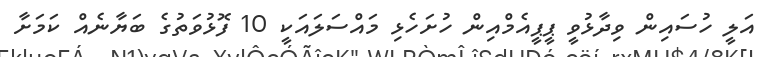
އަލީ ހުސައިން ވިދާޅުވީ ޕީޕީއެމްއިން ހުށަހެޅި މައްސަލައަކީ 10 ފޮޅުވަތުގެ ބަޔާނެއް ކަމަށާ